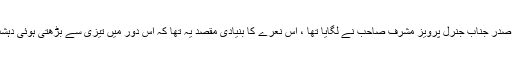
سب سے پہلے پاکستان کا نعرہ سابق آرمی چیف اور صدر جناب جنرل پرویز مشرف صاحب نے لگایا تھا ، اس نعرے کا بنیادی مقصد یہ تھا کہ اس دور میں تیزی سے بڑھتی ہوئی دہشت گردی سے بچنے کی ہر ممکن کوشش کی جائے ۔